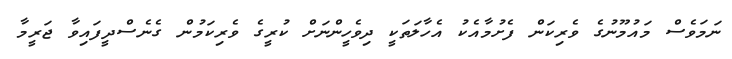
ނަމަވެސް މައުމޫނުގެ ވެރިކަން ފެށުމާއެކު އެހާލަތަކީ ދިވެހީންނަށް ކުރީގެ ވެރިކަމުން ގެނެސްދީފައިވާ ޖަރީމާ